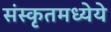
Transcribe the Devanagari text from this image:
संस्कृतमध्येये